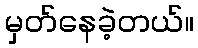
မှတ်နေခဲ့တယ်။